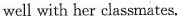
well with her classmates.